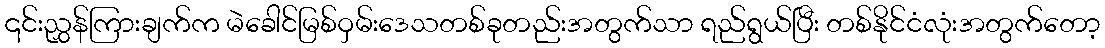
၎င်းညွှန်ကြားချက်က မဲခေါင်မြစ်ဝှမ်းဒေသတစ်ခုတည်းအတွက်သာ ရည်ရွယ်ပြီး တစ်နိုင်ငံလုံးအတွက်တော့